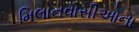
મિલાનવાસીઓના